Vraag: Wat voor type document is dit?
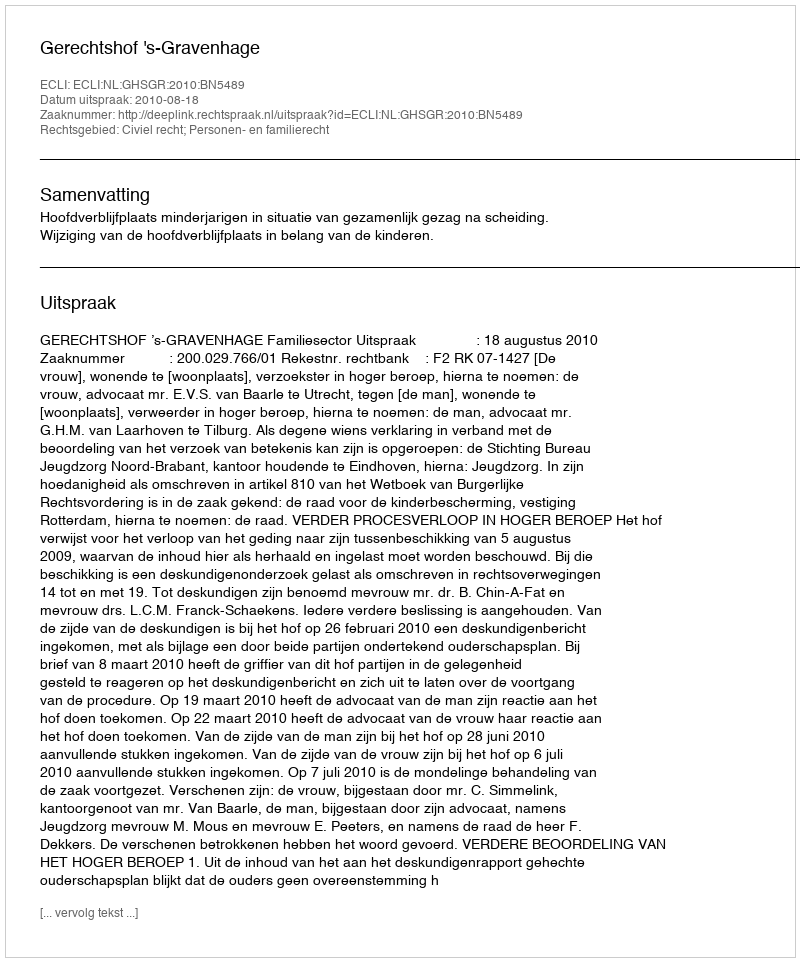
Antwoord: Uitspraak